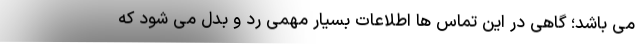
می باشد؛ گاهی در این تماس ها اطلاعات بسیار مهمی رد و بدل می شود که